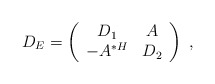
\begin{align*} D_E = \left(\begin{array}{cc} D_1 & A \\ -A^{\ast H} & D_2 \end{array}\right)\ ,\end{align*}